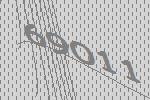
69011